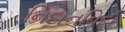
નિદાનવિદો